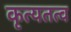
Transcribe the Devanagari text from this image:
कृत्यतत्व